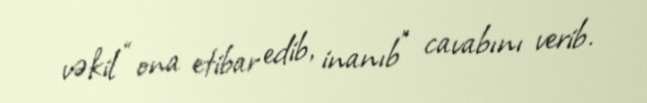
vəkil “ona etibar edib, inanıb” cavabını verib.